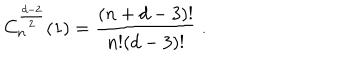
LaTeX: C _ { n } ^ { \frac { d - 2 } 2 } ( 1 ) = \frac { ( n + d - 3 ) ! } { n ! ( d - 3 ) ! } \ .